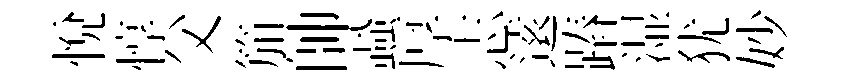
悦惇父笳帥蝨厚志逺蹖湿犹妙